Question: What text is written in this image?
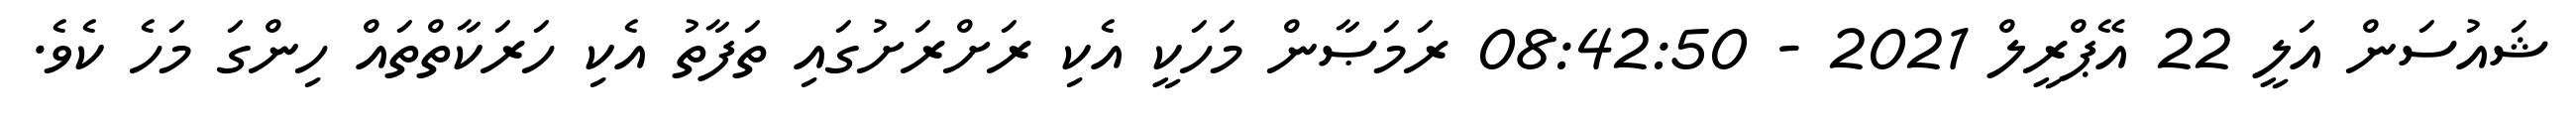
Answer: ޝައުސަން އަލީ 22 އޭޕްރީލް 2021 - 08:42:50 ރަމަޞާން މަހަކީ އެކި ރަށްރަށުގައި ތަފާތު އެކި ހަރަކާތްތައް ހިންގަ މަހެ ކެވެ.